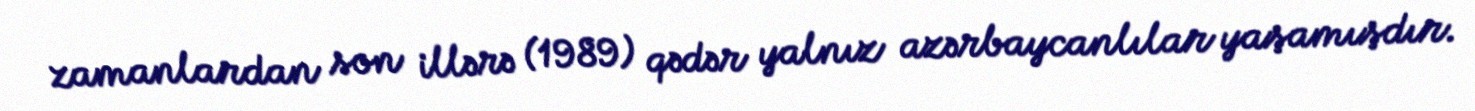
zamanlardan son illərə (1989) qədər yalnız azərbaycanlılar yaşamışdır.